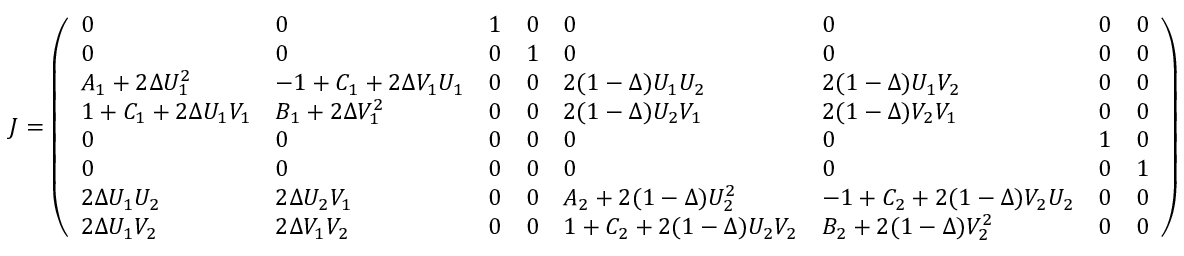
J = \left( \begin{array} { l l l l l l l l } { 0 } & { 0 } & { 1 } & { 0 } & { 0 } & { 0 } & { 0 } & { 0 } \\ { 0 } & { 0 } & { 0 } & { 1 } & { 0 } & { 0 } & { 0 } & { 0 } \\ { A _ { 1 } + 2 \Delta U _ { 1 } ^ { 2 } } & { - 1 + C _ { 1 } + 2 \Delta V _ { 1 } U _ { 1 } } & { 0 } & { 0 } & { 2 ( 1 - \Delta ) U _ { 1 } U _ { 2 } } & { 2 ( 1 - \Delta ) U _ { 1 } V _ { 2 } } & { 0 } & { 0 } \\ { 1 + C _ { 1 } + 2 \Delta U _ { 1 } V _ { 1 } } & { B _ { 1 } + 2 \Delta V _ { 1 } ^ { 2 } } & { 0 } & { 0 } & { 2 ( 1 - \Delta ) U _ { 2 } V _ { 1 } } & { 2 ( 1 - \Delta ) V _ { 2 } V _ { 1 } } & { 0 } & { 0 } \\ { 0 } & { 0 } & { 0 } & { 0 } & { 0 } & { 0 } & { 1 } & { 0 } \\ { 0 } & { 0 } & { 0 } & { 0 } & { 0 } & { 0 } & { 0 } & { 1 } \\ { 2 \Delta U _ { 1 } U _ { 2 } } & { 2 \Delta U _ { 2 } V _ { 1 } } & { 0 } & { 0 } & { A _ { 2 } + 2 ( 1 - \Delta ) U _ { 2 } ^ { 2 } } & { - 1 + C _ { 2 } + 2 ( 1 - \Delta ) V _ { 2 } U _ { 2 } } & { 0 } & { 0 } \\ { 2 \Delta U _ { 1 } V _ { 2 } } & { 2 \Delta V _ { 1 } V _ { 2 } } & { 0 } & { 0 } & { 1 + C _ { 2 } + 2 ( 1 - \Delta ) U _ { 2 } V _ { 2 } } & { B _ { 2 } + 2 ( 1 - \Delta ) V _ { 2 } ^ { 2 } } & { 0 } & { 0 } \end{array} \right)